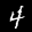
Label: 4